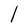
Character: l